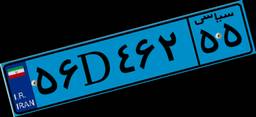
۵۶D۴۶۲۵۵